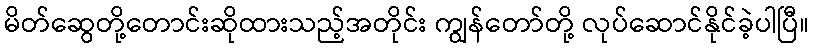
မိတ်ဆွေတို့တောင်းဆိုထားသည့်အတိုင်း ကျွန်တော်တို့ လုပ်ဆောင်နိုင်ခဲ့ပါပြီ။